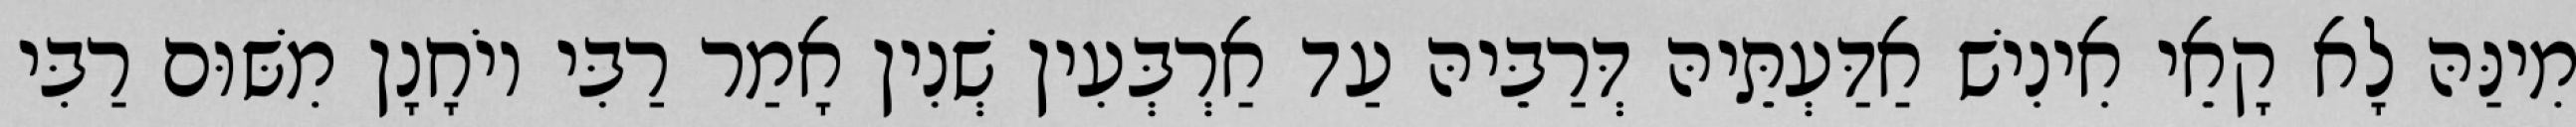
מִינַּהּ לָא קָאֵי אִינִישׁ אַדַּעְתֵּיהּ דְּרַבֵּיהּ עַד אַרְבְּעִין שְׁנִין אָמַר רַבִּי יוֹחָנָן מִשּׁוּם רַבִּי